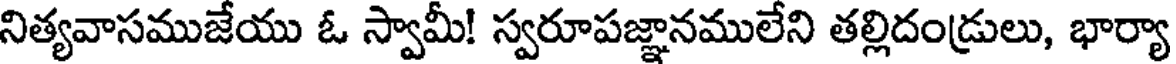
నిత్యవాసముజేయు ఓ స్వామీ! స్వరూపజ్ఞానములేని తల్లిదండ్రులు, భార్యా